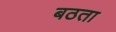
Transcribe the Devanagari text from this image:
बठता